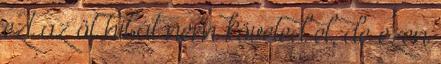
ezt az öt hibát nem követed el, de ezen